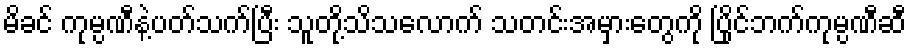
မိခင် ကုမ္ပဏီနဲ့ပတ်သက်ပြီး သူတို့သိသလောက် သတင်းအမှားတွေကို ပြိုင်ဘက်ကုမ္ပဏီဆီ